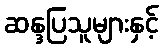
ဆန္ဒပြသူများနှင့်